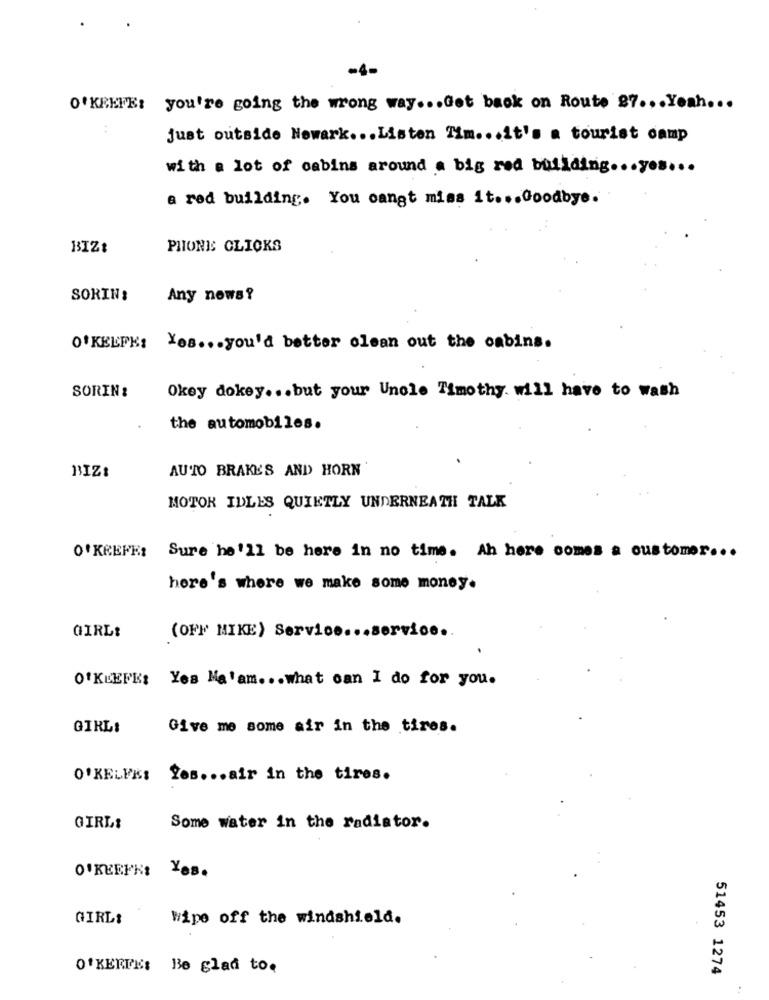
-4-
O'KEEFE: you're going the wrong way ... Get back on Route 27 ... Yeah ...
just outside Newark ... Listen Tim ... it's a tourist camp
with a lot of cabins around a big red building ... yes ...
a red building. You cangt miss it ... Goodbye.
BIZ:
PHONES CLICKS
SORIN:
Any news?
OFKELPKS
Yes ... you'd better clean out the cabins.
SORIN :
Okey dokey ... but your Uncle Timothy will have to wash
the automobiles.
BIZI
AUTO BRAKE'S AND HORN
MOTOR IDLES QUIETLY UNDERNEATH TALK
O'KEEFE: Sure he'll be here in no time. Ah here comes a customer ...
here's where we make some money.
(OFF MIKE) Service ... service ..
GIRL:
O'KEEFE: Yes Ma'am ... what can I do for you.
GIRL:
Give me some air in the tiros.
O'KELFK: Yes ... air in the tires.
GIRL:
Some water in the radiator.
O'KEEFE: Yes.
GIRL:
Wipe off the windshield.
O'KEEFE: Be glad to.
51453 1274
: